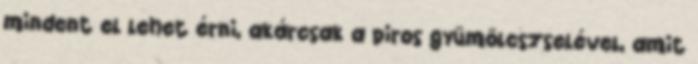
mindent el lehet érni, akárcsak a piros gyümölcszselével, amit